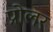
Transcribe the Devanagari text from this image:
प्रोलर